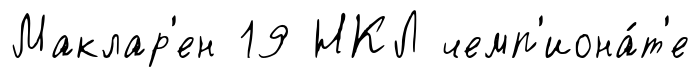
Маклар'ен 19 НКЛ чемп'иона́т'е